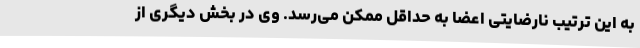
به این ترتیب نارضایتی اعضا به حداقل ممکن می‌رسد. وی در بخش دیگری از